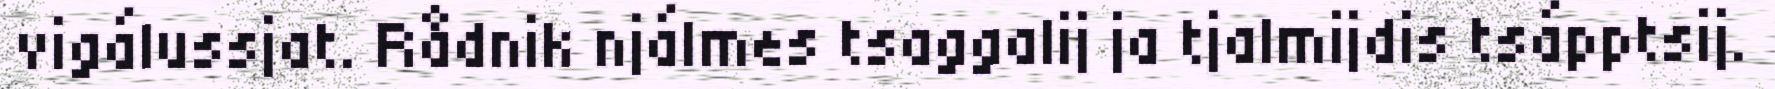
vigálussjat. Rådnik njálmes tsaggalij ja tjalmijdis tsápptsij.